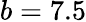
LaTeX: b=7.5